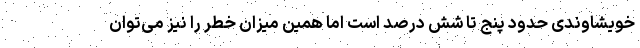
خویشاوندی حدود پنج تا شش درصد است‌ اما همین میزان خطر را نیز می‌توان